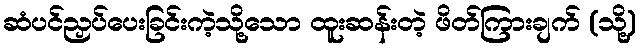
ဆံပင်ညှပ်ပေးခြင်းကဲ့သို့သော ထူးဆန်းတဲ့ ဖိတ်ကြားချက် (သို့)